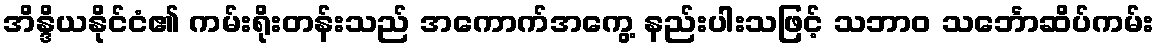
အိန္ဒိယနိုင်ငံ၏ ကမ်းရိုးတန်းသည် အကောက်အကွေ့ နည်းပါးသဖြင့် သဘာဝ သင်္ဘောဆိပ်ကမ်း